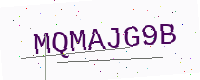
Text: MQMAJG9B